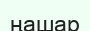
ңашар